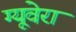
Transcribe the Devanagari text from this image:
ग्यूवेरा